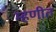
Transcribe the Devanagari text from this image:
म्हणीत